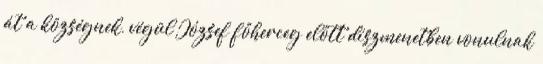
át a községnek, végül József főherceg előtt díszmenetben vonulnak